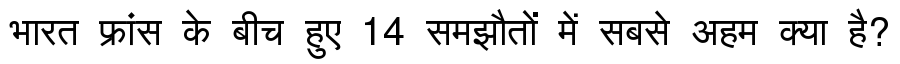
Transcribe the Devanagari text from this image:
भारत फ्रांस के बीच हुए 14 समझौतों में सबसे अहम क्या है?